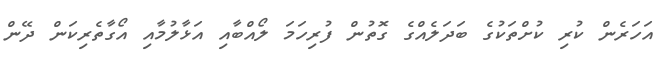
އަހަރެން ކުރި ކުށްތަކުގެ ބަދަލެއްގެ ގޮތުން ފުރިހަމަ ލޯއްބާއި އަޅާލުމާއި އޯގާތެރިކަން ދޭން